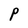
Character: P